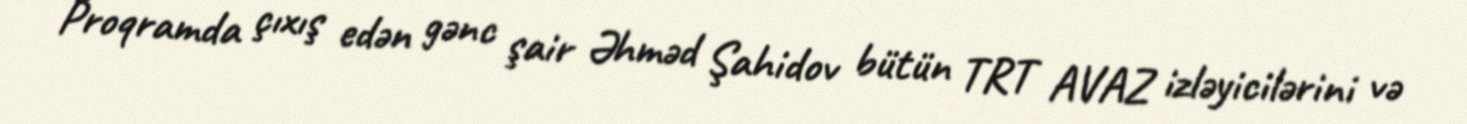
Proqramda çıxış edən gənc şair Əhməd Şahidov bütün TRT AVAZ izləyicilərini və